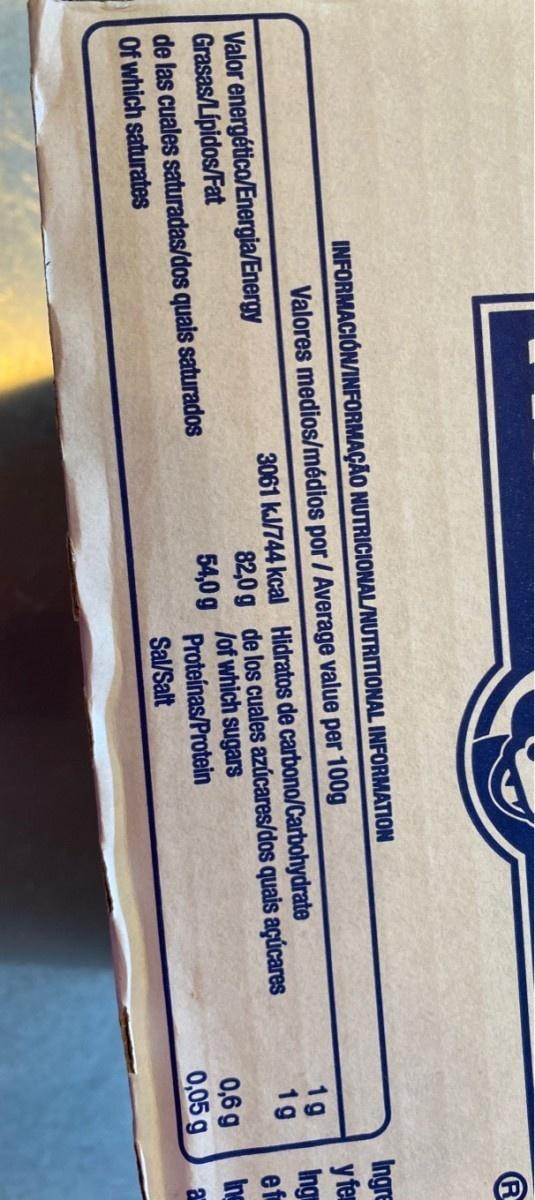
INFORMACIÓN/INFORMAÇÃO NUTRICIONAL/NUTRITIONAL INFORMATION Ingre y fem Ing ef Valores medios/médios por / Average value per 100g 1g 1g Valor energético/Energia/Energy Grasas/Lípidos/Fat de las cuales saturadas/dos quais saturados Of which saturates 3061 kJ/744 kcal Hidratos de carbono/Carbohydrate 82,0 g de los cuales azúcares/dos quais açúcares /of which sugars Proteínas/Protein Sal/Salt 54,0 g 0,6 g Ing 0,05 g